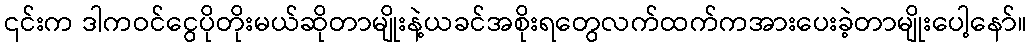
၎င်းက ဒါကဝင်ငွေပိုတိုးမယ်ဆိုတာမျိုးနဲ့ယခင်အစိုးရတွေလက်ထက်ကအားပေးခဲ့တာမျိုးပေါ့နော်။